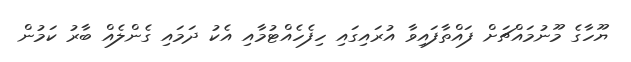
ޔޫހާގެ މޫނުމައްޗަށް ފައްތާފައިވާ އުރައިގައި ހިފެހެއްޓުމާއި އެކު ދަމައި ގެންލެއް ބާރު ކަމުން